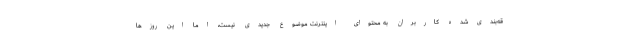
قه‌بندی‌شده کاربران به محتوای اینترنت موضوع جدیدی نیست، اما این روزها